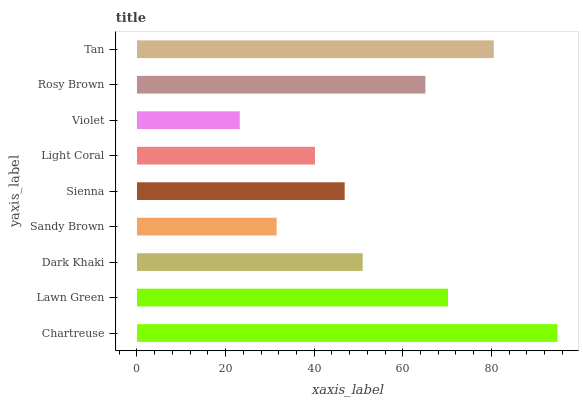
| yaxis_label | bars |
 | --- | --- |
 | Chartreuse | 94.9 |
 | Lawn Green | 70.2 |
 | Dark Khaki | 50.9 |
 | Sandy Brown | 31.5 |
 | Sienna | 46.9 |
 | Light Coral | 40.2 |
 | Violet | 23.2 |
 | Rosy Brown | 65.1 |
 | Tan | 80.5 |